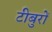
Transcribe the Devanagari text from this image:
टीबुरों